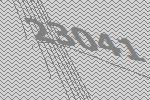
23041